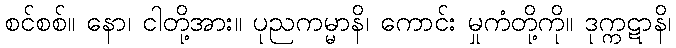
စင်စစ်။ နော၊ ငါတို့အား။ ပုညကမ္မာနိ၊ ကောင်း မှုကံတို့ကို။ ဒုက္ကဋာနိ၊